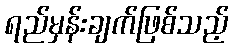
ရည်မှန်းချက်ဖြစ်သည့်